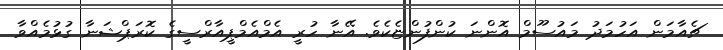
ޗެއާމަން އަހުމަދު މައުސޫމް އޮންނަ ކުންފުންޏެކެވެ. އޭނާ ހުރީ އެމްއެމްޕީއާރްސީގެ ކޮރަޕްޝަނާ ގުޅުމެއްވާ